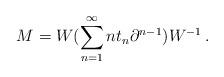
LaTeX: \begin{align*}M = W (\sum_{n=1}^\infty n t_n \partial^{n-1}) W^{-1}\,.\end{align*}